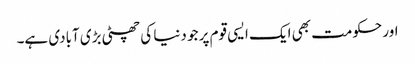
اور حکومت بھی ایک ایسی قوم پر جو دنیا کی چھٹی بڑی آبادی ہے۔